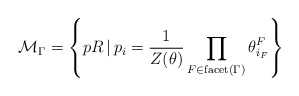
\begin{align*}\mathcal{M}_{\Gamma} = \left\lbrace p R \, \vert \, p_{i} = \dfrac{1}{Z(\theta)} \prod\limits_{F \in \mathrm{facet}(\Gamma)} \theta^{F}_{i_{F}} \right\rbrace\end{align*}